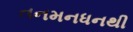
તનમનધનથી